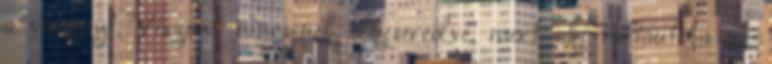
a versenyt. Viszont nincsenek elkeseredve, mert aki raliautóba ül,